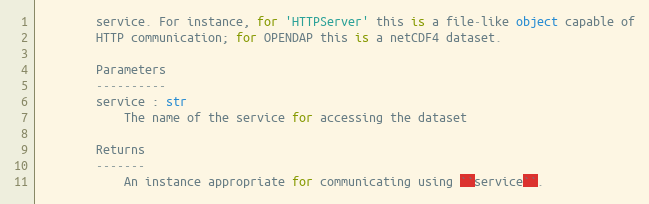
Language: Python
        service. For instance, for 'HTTPServer' this is a file-like object capable of
        HTTP communication; for OPENDAP this is a netCDF4 dataset.

        Parameters
        ----------
        service : str
            The name of the service for accessing the dataset

        Returns
        -------
            An instance appropriate for communicating using ``service``.